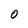
Character: 0